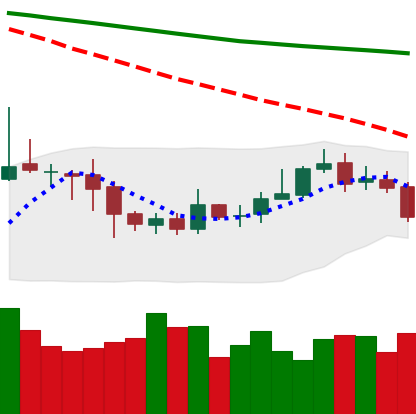
Ticker: ETC-USD
Chart end date: 2020-10-16
Forward return: 3.685%
Label: up_3_5